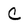
Character: c